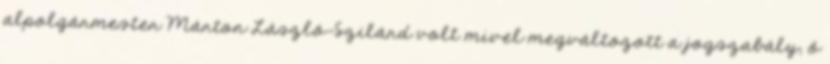
alpolgármester Márton László-Szilárd volt mivel megváltozott a jogszabály, ő